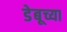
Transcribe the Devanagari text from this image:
डेबूच्या